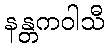
နန္တကဝါသီ